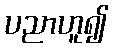
ပညာဟူ၍